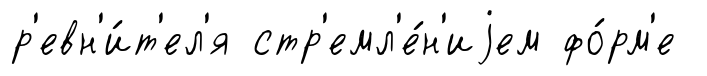
р'евн'и́т'ел'я стр'емл'е́н'иjем фо́рм'е